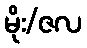
မိုး/ဇလ